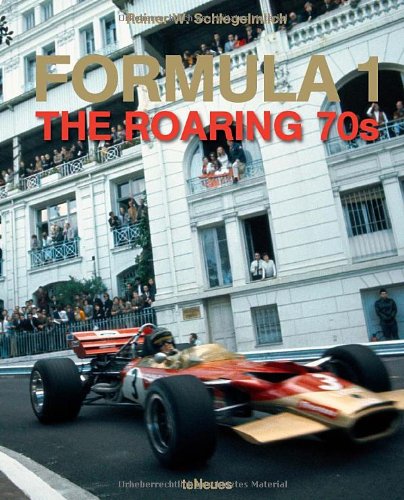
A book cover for Formula 1: The Roaring 70s (English, German, French, Spanish and Italian Edition); Arts & Photography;